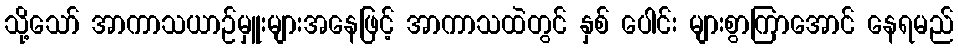
သို့သော် အာကာသယာဉ်မှူးများအနေဖြင့် အာကာသထဲတွင် နှစ် ပေါင်း များစွာကြာအောင် နေရမည်